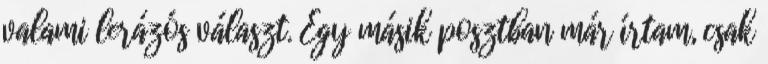
valami lerázós választ. Egy másik posztban már írtam, csak